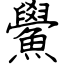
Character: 鱟